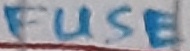
Text: FUSE